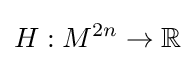
H:M^{2n}\rightarrow \mathbb {R}